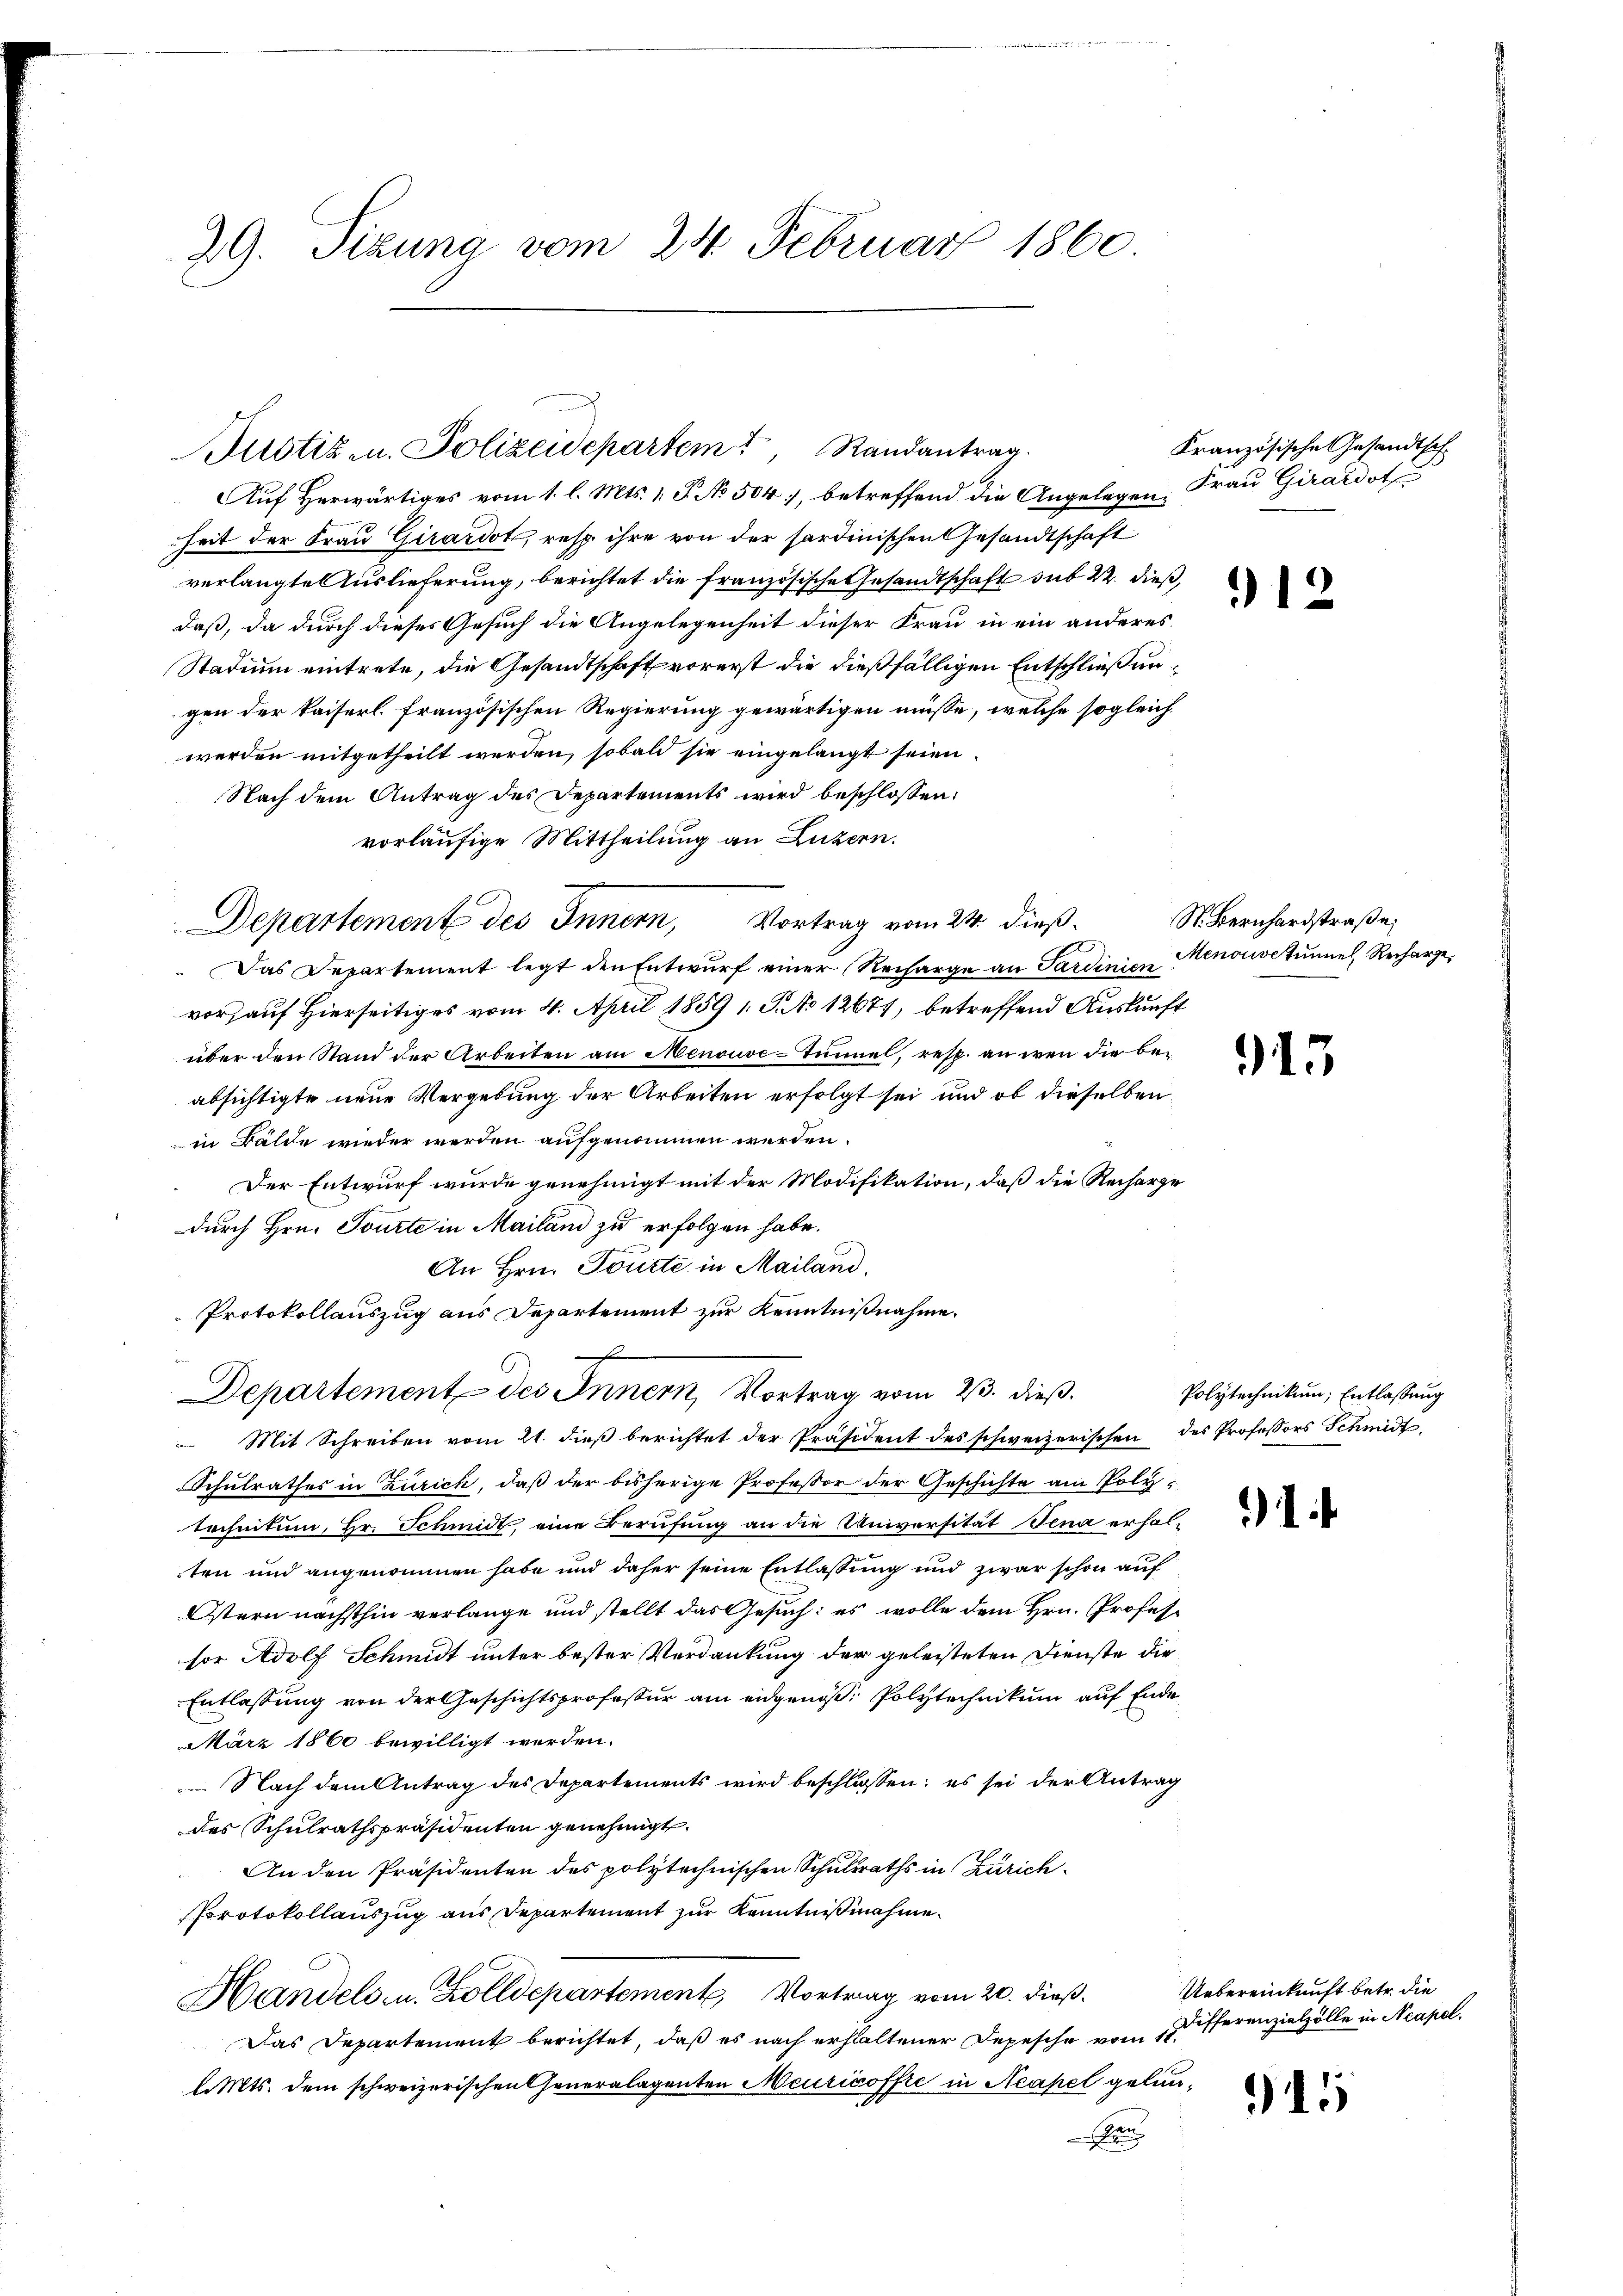
29. Sizung vom 24. Februar 1860.

Departement des Innern,

Justiz u. Polizeidepartem Randantrag.
Auf Herwärtiges vom 1. l. Mts. 1. P. No 504, betreffend die Angelegen: Frau Girardot
heit der Frau Girardot, resp. ihre von der sardinischen Gesandtschaft
verlangte Auslieferung, berichtet die französische Gesandtschaft sub 22. dieß,
daß, da durch dieses Gesuch die Angelegenheit dieser Frau in ein anderes
Stadium eintrete, die Gesandtschaft vorerst die dießfälligen Entschließungen der kaiserl. Französischen Regierung gewärtigen müsse, welche sogleichwerden mitgetheilt werden, sobald sie eingelangt seien.
Nach dem Antrag des Departements wird beschlossen:
vorläufige Mittheilung an Luzern.
Vortrag vom 24. dieß¬
Das Departement legt den Entwŭrf einer Recharge an Sardinien Menouve tunel Rechargevor, auf Hierseitiges vom 4. April 1859 1 S. No 12671, betreffend Auskunft
über den Stand der Arbeiten am Menouve-Tunnel, resp. an wen die be-
absichtigte neue Vergebung der Arbeiten erfolgt sei und ob dieselben
in Bälde wieder werden aufgenommen werden.
Der Entwurf wurde genehmigt mit der Modifikation, daß die Recharge
durch Hrn. Tourte in Mailand zu erfolgen habe.
An Hrn. Tourte in Mailand.
Protokollauszug aus Departement zur Kenntnißnahme.
g
Departement des Innern, Vortrag vom 23. dieß.
 Mit Schreiben vom 21. dieß berichtet der Präsident des schweizerischen des Professors Schmidt,
Schulrathes in Zürich, daß der bisherige Professor der Geschichte am Polytechnitum, Hr. Schmidt, eine Berufung an die Universität Jena erhalten und angenommen habe und daher seine Entlassung und zwar schon auf
Ostern nächsthin verlange und stellt das Gesuch: es wolle dem Hrn. Professor Adolf Schmidt unter bester Verdankung der geleisteten Dienste die
Entlassung von der Geschichtsprofessur am eidgenöß: Polytechnikum auf Ende
März 1860 bewilligt werden.
Nach dem Antrag des Departements wird beschlossen; es sei der Antrag
des Schulrathspräsidenten genehmigt.
An den Präsidenten des polytechnischen Schulraths in Zürich
Protokollauszug aus Departement zur Kenntnißnahme.
Handels u. Zolldepartement Vortrag vom 20. dieß.
Das Departement berichtet, daß es nach erhaltener Depesche vom 12. Pferenzialzölle in Neapel.
l. Mts. dem schweizerischen Generalagenten Meuricoffe in Neapel gelunr

Kranzösische Gesandtsch

912

St. Bernhardstraße

915

Polytechnikum, Entlassung

)

915

Uebereinkunft betr. die